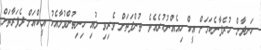
ހަނދާން ހުރެފާނެކަމަށް އީކް ހިއެއްނުކުރެއެވެ. ތުންފަތަށް ވެރިވި ލުއި ހިނިތުންވުމާއެކު އީކްއަށް ދެފަރާތަށް